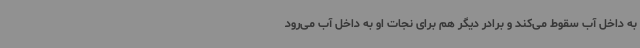
به داخل آب سقوط می‌کند و برادر دیگر هم برای نجات او به داخل آب می‌رود